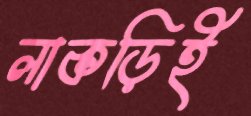
লাকড়িই